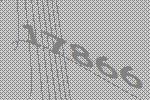
17866